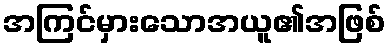
အကြင်မှားသောအယူ၏အဖြစ်